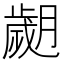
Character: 𦡖